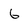
Character: 6